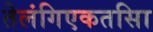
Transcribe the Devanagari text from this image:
तेलंगिएकतसिा